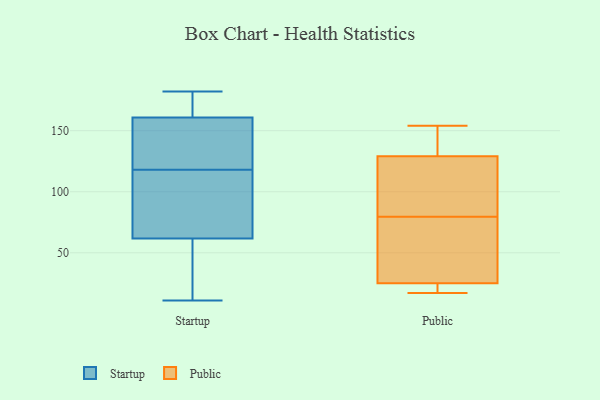
{"axis": {"x": "Waste Production (Tons)", "y": "Value"}, "legend": ["Public", "Startup"], "data": [{"x": "", "y": 118, "type": "Startup"}, {"x": "", "y": 161, "type": "Startup"}, {"x": "", "y": 160, "type": "Startup"}, {"x": "", "y": 85, "type": "Startup"}, {"x": "", "y": 164, "type": "Startup"}, {"x": "", "y": 54, "type": "Startup"}, {"x": "", "y": 182, "type": "Startup"}, {"x": "", "y": 43, "type": "Startup"}, {"x": "", "y": 145, "type": "Startup"}, {"x": "", "y": 93, "type": "Startup"}, {"x": "", "y": 11, "type": "Startup"}, {"x": "", "y": 33, "type": "Public"}, {"x": "", "y": 90, "type": "Public"}, {"x": "", "y": 25, "type": "Public"}, {"x": "", "y": 69, "type": "Public"}, {"x": "", "y": 154, "type": "Public"}, {"x": "", "y": 96, "type": "Public"}, {"x": "", "y": 129, "type": "Public"}, {"x": "", "y": 18, "type": "Public"}, {"x": "", "y": 17, "type": "Public"}, {"x": "", "y": 147, "type": "Public"}]}